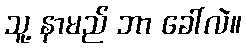
သူ့ နာမည် ဘာ ခေါ်လဲ။